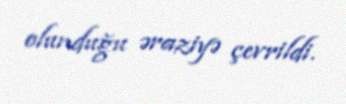
olunduğu əraziyə çevrildi.